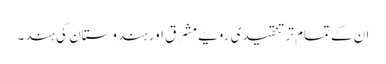
ان کے تمام تر تنقیدی رویے مشرق اور ہندوستان کی ہند۔